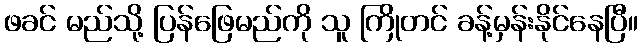
ဖခင် မည်သို့ ပြန်ဖြေမည်ကို သူ ကြိုတင် ခန့်မှန်းနိုင်နေပြီ။